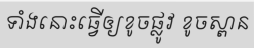
ទាំងនោះធ្វើឲ្យខូចផ្លូវ ខូចស្ពាន